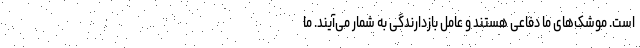
است. موشک‌های ما دفاعی هستند و عامل بازدارندگی به شمار می‌آیند. ما